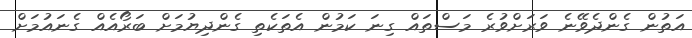
އަތުން ގެންދެވޭނެ ވަރަށްވުރެ މަސްތައް ގިނަ ކަމުން އެތަކެތި ގެންދިޔުމަށް ބަރޯއެއް ގެނައުމަށް